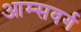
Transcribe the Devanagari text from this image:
आम्सवर्ग